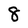
Character: 8